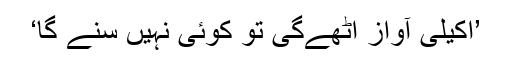
’اکیلی آواز اٹھےگی تو کوئی نہیں سنے گا‘